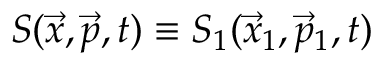
S ( \vec { x } , \vec { p } , t ) \equiv S _ { 1 } ( \vec { x } _ { 1 } , \vec { p } _ { 1 } , t )